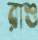
রাশু